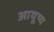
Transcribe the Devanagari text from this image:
आयूष्य